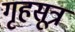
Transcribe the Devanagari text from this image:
गृहसूत्र